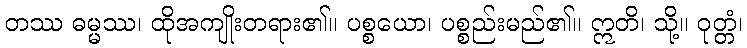
တဿ ဓမ္မဿ၊ ထိုအကျိုးတရား၏။ ပစ္စယော၊ ပစ္စည်းမည်၏။ ဣတိ၊ သို့။ ဝုတ္တံ၊